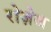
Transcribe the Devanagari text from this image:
रोज़ेज